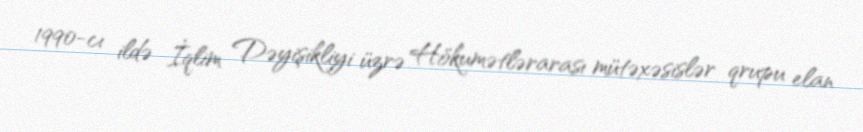
1990-cı ildə İqlim Dəyişikliyi üzrə Hökumətlərarası mütəxəsislər qrupu elan